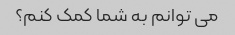
می توانم به شما کمک کنم؟